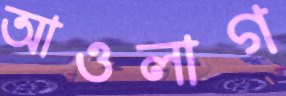
আওলাগ